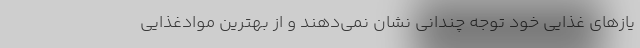
یاز‌های غذایی خود توجه چندانی نشان نمی‌دهند و از بهترین موادغذایی